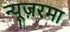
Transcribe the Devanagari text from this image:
न्यूज़रमा